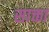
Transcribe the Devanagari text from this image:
साक्ता